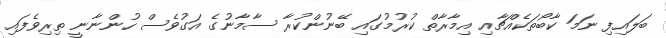
ބަލައިފި ނަމަ ކާބޯތަކެއްޗާއި އިމާރާތް ކުރުމުގައި ބޭނުންކުރާ ސާމާނުގެ އަގުވެސް ހުންނާނީ ތިރިވެފައި